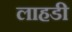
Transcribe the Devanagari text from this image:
लाहडी